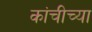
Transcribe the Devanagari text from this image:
कांचीच्या